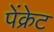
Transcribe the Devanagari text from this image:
पेंक्रेट